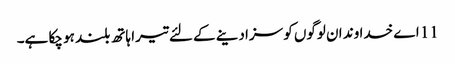
11 اے خدا وند ان لوگوں کو سزا دینے کے لئے تیرا ہاتھ بلند ہو چکا ہے۔